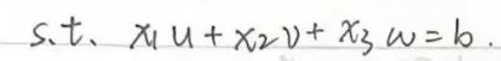
s.t. \(x_1u + x_2v + x_3w = b\).